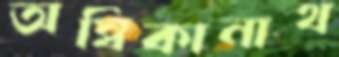
অম্বিকানাথ